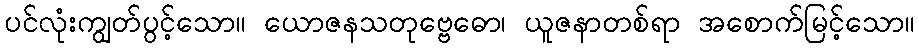
ပင်လုံးကျွတ်ပွင့်သော။ ယောဇနသတုဗ္ဗေဓော၊ ယူဇနာတစ်ရာ အစောက်မြင့်သော။